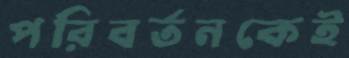
পরিবর্তনকেই